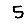
Digit: 5